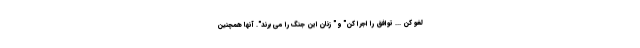
لغو کن ... توافق را اجرا کن" و " زنان این جنگ را می برند". آنها همچنین